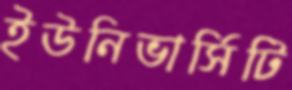
ইউনিভার্সিটি